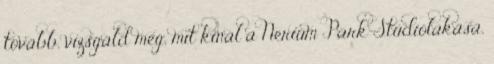
tovább, vizsgáld meg, mit kínál a Nerium Park Stúdiólakása,